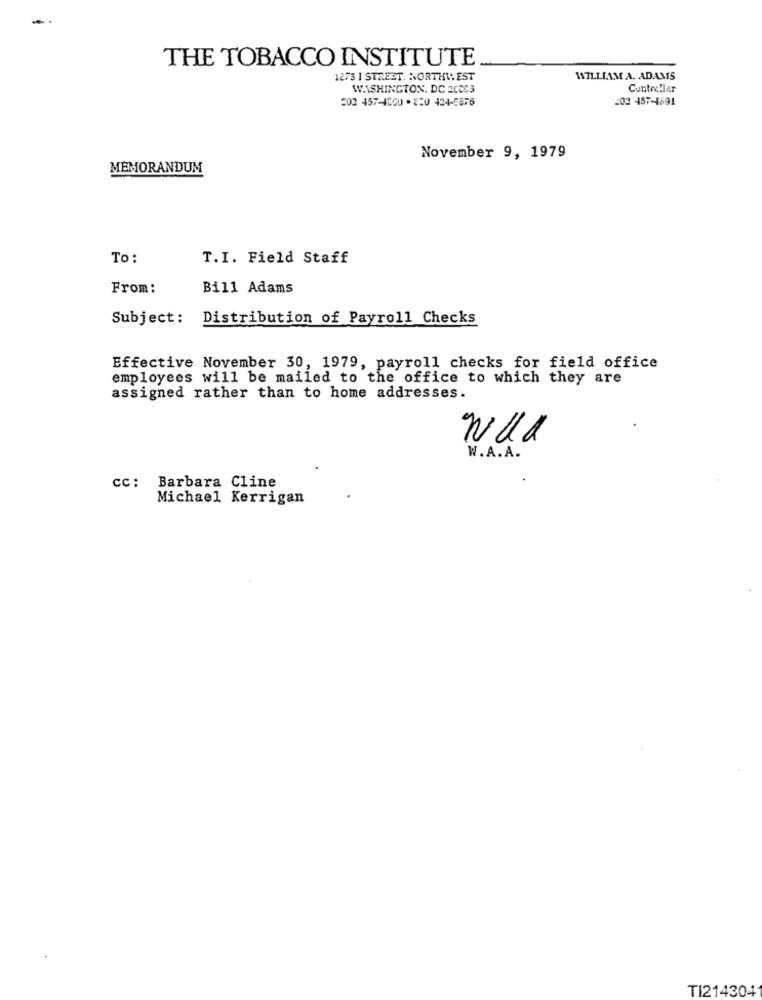
THE TOBACCO INSTITUTE
1273 1 STREST. NORTHWEST
WILLIAM A. ADAMS
WASHINGTON, DC 2CCC3
Contre!lar
202 457-4000-220 424-8876
202'457-1891
November 9, 1979
MEMORANDUM
To:
T.I. Field Staff
From:
Bill Adams
Subject:
Distribution of Payroll Checks
Effective November 30, 1979, payroll checks for field office
employees will be mailed to the office to which they are
assigned rather than to home addresses.
NUR
W.A.A.
cc: Barbara Cline
Michael Kerrigan
TI2143041